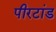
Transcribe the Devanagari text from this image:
पीरटांड